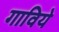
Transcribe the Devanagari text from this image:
गाविये